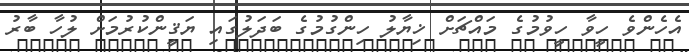
އެހެންވެ ހީވާ ހީވުމުގެ މައްޗަށް ޚިޔާލު ހިންގުމުގެ ބަދަލުގައި ޔަޤީންކުރުމަށް ލުހާ ބާރު